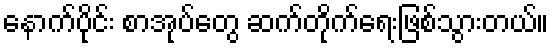
နောက်ပိုင်း စာအုပ်တွေ ဆက်တိုက်ရေးဖြစ်သွားတယ်။